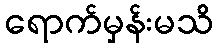
ရောက်မှန်းမသိ